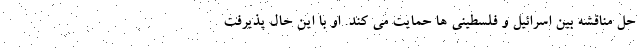
حل مناقشه بین اسرائیل و فلسطینی ها حمایت می کند. او با این حال پذیرفت